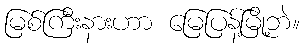
မြစ်ကြီးနားဟာ မြေပြန့်မြို့ဘဲ။